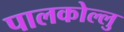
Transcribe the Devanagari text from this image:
पालकोल्लु